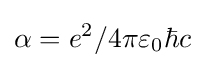
\alpha =e^{2}/4\pi \varepsilon _{0}\hbar c